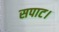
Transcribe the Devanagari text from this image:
सपाट।